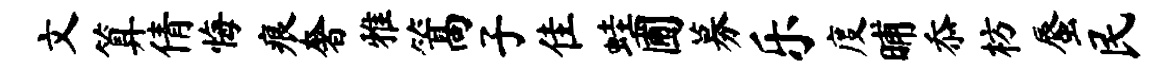
文算倩悔痕奢雅篙子隹蛙圃募乐度晡忝枋蜃民